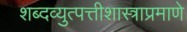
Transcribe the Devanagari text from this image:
शब्दव्युत्पत्तीशास्त्राप्रमाणे